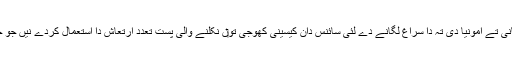
زحل دے چاند ٹائٹن دی سطح دے نیچے مائع پانی تے امونیا دی تہ دا سراغ لگانے دے لئی سائنس دان کیسینی کھوجی تو‏ں نکلنے والی پست تعدد ارتعاش دا استعمال کردے نيں جو چاند دی کثافت دے حساب تو‏ں میل کھاندی نيں۔